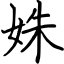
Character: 姝